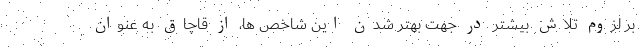
بر لزوم تلاش بیشتر در جهت بهتر شدن این شاخص ها، از قاچاق به عنوان